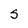
Character: S